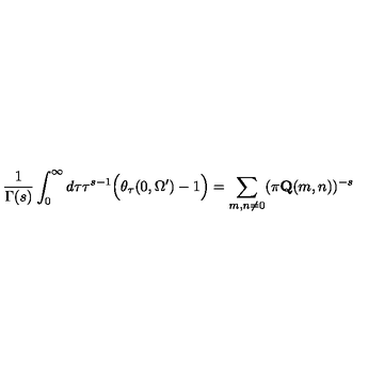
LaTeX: \frac { 1 } { \Gamma ( s ) } \int _ { 0 } ^ { \infty } d \tau \tau ^ { s - 1 } \Big ( \theta _ { \tau } ( 0 , \Omega ^ { \prime } ) - 1 \Big ) = \sum _ { m , n \neq 0 } ( \pi \mathbf { Q } ( m , n ) ) ^ { - s }